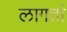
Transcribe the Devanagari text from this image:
लागतां